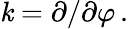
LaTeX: \mathit{k}=\partial/\partial\varphi\, .